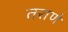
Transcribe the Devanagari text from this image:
तराणे